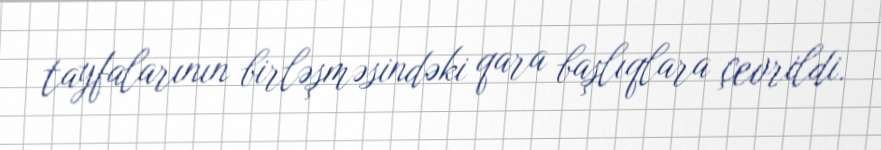
tayfalarının birləşməsindəki qara başlıqlara çevrildi.